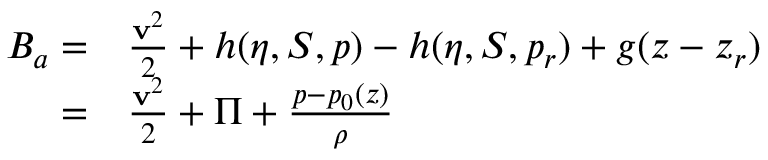
\begin{array} { r l } { B _ { a } = } & { { } \frac { { \bf v } ^ { 2 } } { 2 } + h ( \eta , S , p ) - h ( \eta , S , p _ { r } ) + g ( z - z _ { r } ) } \\ { = } & { { } \frac { { \bf v } ^ { 2 } } { 2 } + \Pi + \frac { p - p _ { 0 } ( z ) } { \rho } } \end{array}